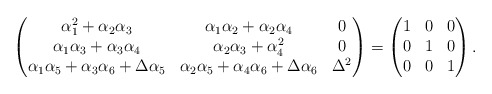
\begin{align*}\begin{pmatrix}\alpha_1^{2}+ \alpha_{2}\alpha_{3}&\alpha_{1}\alpha_2 + \alpha_{2}\alpha_{4}&0\\\alpha_1\alpha_3+\alpha_3 \alpha_4&\alpha_{2}\alpha_{3}+\alpha_4^{2}&0\\\alpha_1\alpha_5+ \alpha_3 \alpha_6 + \Delta \alpha_5&\alpha_2\alpha_5+\alpha_4\alpha_6+\Delta \alpha_6&\Delta^{2}\end{pmatrix} =\begin{pmatrix}1&0&0\\0&1&0\\0&0&1\end{pmatrix}.\end{align*}